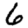
Digit: 6